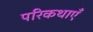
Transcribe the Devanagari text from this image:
परिकथाएँ